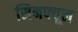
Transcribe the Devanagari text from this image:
सिनफ्यूल